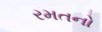
રમતનો